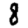
Digit: 8